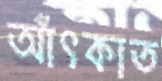
আঁৎকাত